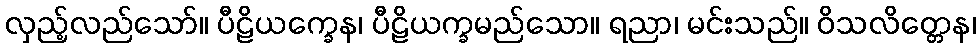
လှည့်လည်သော်။ ပီဠိယက္ခေန၊ ပီဠိယက္ခမည်သော။ ရညာ၊ မင်းသည်။ ဝိသလိတ္တေန၊